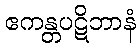
ဧကန္တပဋိဘာနံ